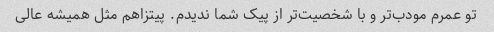
تو عمرم مودب‌تر و با شخصیت‌تر از پیک شما ندیدم. پیتزاهم مثل همیشه عالی